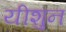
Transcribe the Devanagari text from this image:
यीशुन